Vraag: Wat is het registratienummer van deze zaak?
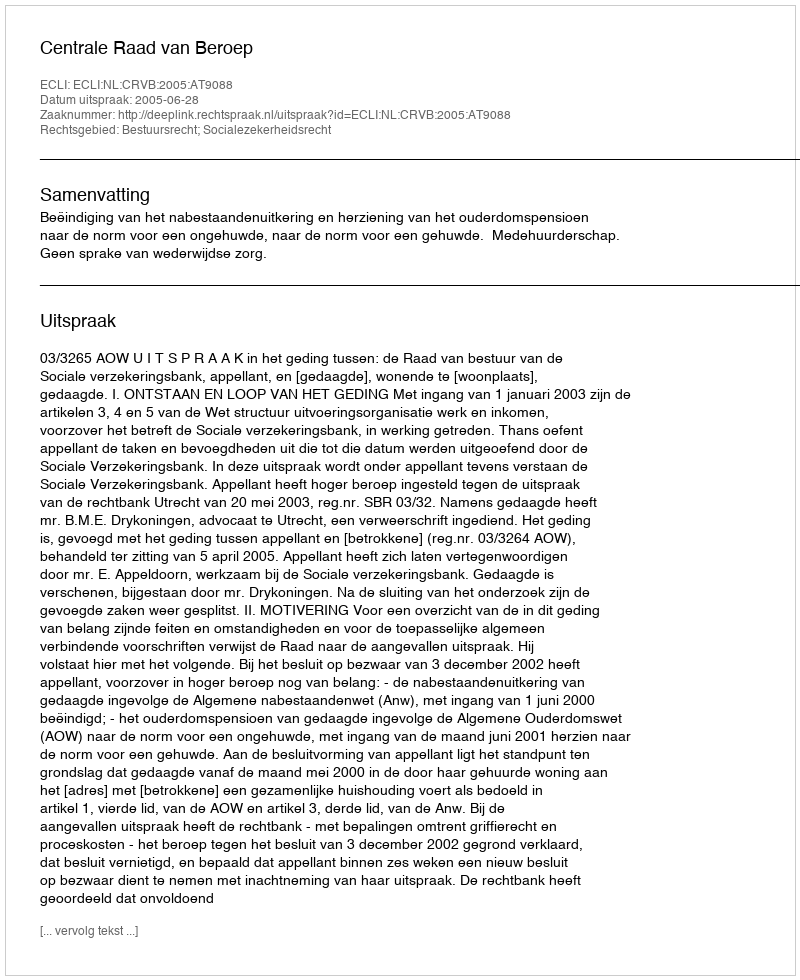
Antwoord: http://deeplink.rechtspraak.nl/uitspraak?id=ECLI:NL:CRVB:2005:AT9088